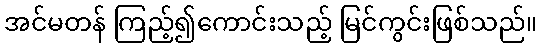
အင်မတန် ကြည့်၍ကောင်းသည့် မြင်ကွင်းဖြစ်သည်။